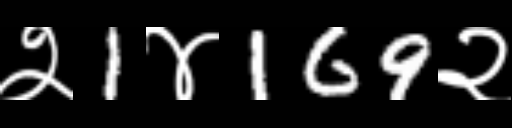
Text: २1४169२